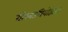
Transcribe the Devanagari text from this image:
गोस्वामियोंद्वारा